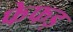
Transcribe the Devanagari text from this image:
फेफड़